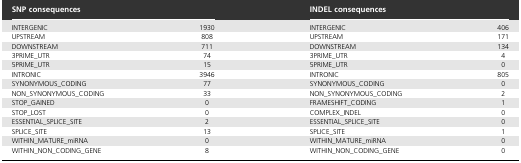
<table><thead><tr><td colspan="2"><b>SNP consequences</b></td><td colspan="2"><b>INDEL consequences</b></td></tr></thead><tbody><tr><td>INTERGENIC</td><td>1930</td><td>INTERGENIC</td><td>406</td></tr><tr><td>UPSTREAM</td><td>808</td><td>UPSTREAM</td><td>171</td></tr><tr><td>DOWNSTREAM</td><td>711</td><td>DOWNSTREAM</td><td>134</td></tr><tr><td>3PRIME_UTR</td><td>74</td><td>3PRIME_UTR</td><td>4</td></tr><tr><td>5PRIME_UTR</td><td>15</td><td>5PRIME_UTR</td><td>0</td></tr><tr><td>INTRONIC</td><td>3946</td><td>INTRONIC</td><td>805</td></tr><tr><td>SYNONYMOUS_CODING</td><td>77</td><td>SYNONYMOUS_CODING</td><td>0</td></tr><tr><td>NON_SYNONYMOUS_CODING</td><td>33</td><td>NON_SYNONYMOUS_CODING</td><td>2</td></tr><tr><td>STOP_GAINED</td><td>0</td><td>FRAMESHIFT_CODING</td><td>1</td></tr><tr><td>STOP_LOST</td><td>0</td><td>COMPLEX_INDEL</td><td>0</td></tr><tr><td>ESSENTIAL_SPLICE_SITE</td><td>2</td><td>ESSENTIAL_SPLICE_SITE</td><td>0</td></tr><tr><td>SPLICE_SITE</td><td>13</td><td>SPLICE_SITE</td><td>1</td></tr><tr><td>WITHIN_MATURE_miRNA</td><td>0</td><td>WITHIN_MATURE_miRNA</td><td>0</td></tr><tr><td>WITHIN_NON_CODING_GENE</td><td>8</td><td>WITHIN_NON_CODING_GENE</td><td>0</td></tr></tbody></table>